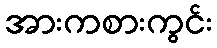
အားကစားကွင်း